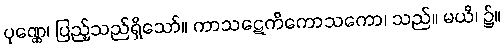
ပုဏ္ဏေ၊ ပြည့်သည်ရှိသော်။ ကာသဋေကိကောသကော၊ သည်။ မယိ၊ ၌။